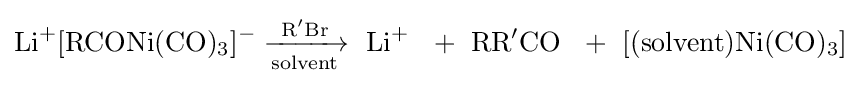
{\mathrm {Li} {\vphantom {A}}^{+}[\mathrm {RCONi} (\mathrm {CO} ){\vphantom {A}}_{\smash[{t}]{3}}]{\vphantom {A}}^{-}{}\mathrel {\xrightarrow[{\mathrm {solvent} }]{\mathrm {R} {\vphantom {A}}^{\prime }\mathrm {Br} }} {}\ \mathrm {Li} {\vphantom {A}}^{+}~\ {}+{}\ \mathrm {RR} {\vphantom {A}}^{\prime }\mathrm {CO} ~\ {}+{}\ [(\mathrm {solvent} )\mathrm {Ni} (\mathrm {CO} ){\vphantom {A}}_{\smash[{t}]{3}}]}